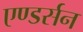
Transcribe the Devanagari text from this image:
एण्डर्सन